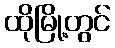
ထိုမြို့တွင်